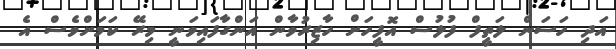
އަދި ހަސަން ލަތީފް ފުލުސް އޮފީހަށް ހާޒިރުވާން އަންގާފައިވަނީ މިރޭ ކަމަށްވެސް އެ